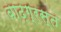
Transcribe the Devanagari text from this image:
बाढ़ग्रस्‍त